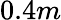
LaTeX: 0.4m